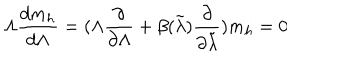
\Lambda { \frac { d m _ { h } } { d \Lambda } } = ( \Lambda { \frac { \partial } { \partial \Lambda } } + \beta ( \tilde { \lambda } ) { \frac { \partial } { \partial \tilde { \lambda } } } ) m _ { h } = 0